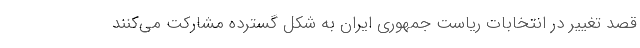
قصد تغییر در انتخابات ریاست جمهوری ایران به شکل گسترده مشارکت می‌کنند